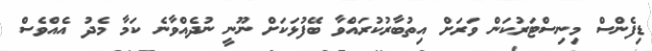
ޑިފެންސް މިނިސްޓަރުކަން ވަރަށް އިތުބާރުކުރައްވާ ބޭފުޅަކަށް ނޫނީ ނުދެއްވާނެ ކަމާ މެދު އެއްވެސް